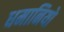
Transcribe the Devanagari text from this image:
धमानियो